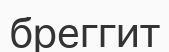
бреггит